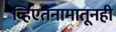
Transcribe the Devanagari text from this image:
व्हिएतनामातूनही